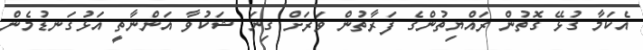
އެކަމާ ގުޅޭ ގޮތުން ރައްޔިތުންގެ ފަރާތުން ވަރަށް ގިނަ ޝަކުވާ އަންނާތީ އަޅުގަނޑުމެން